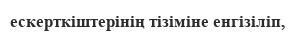
ескерткіштерінің тізіміне енгізіліп,